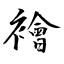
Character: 襘